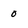
Character: O